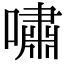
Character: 嘯